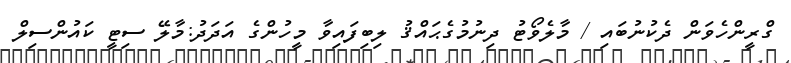
ގްރީންހެވަން ދެކުނުބައި / މާލެވޯޓު ދިނުމުގެޙައްޤު ލިބިފައިވާ މީހުންގެ އަދަދު:މާލޭ ސިޓީ ކައުންސިލް